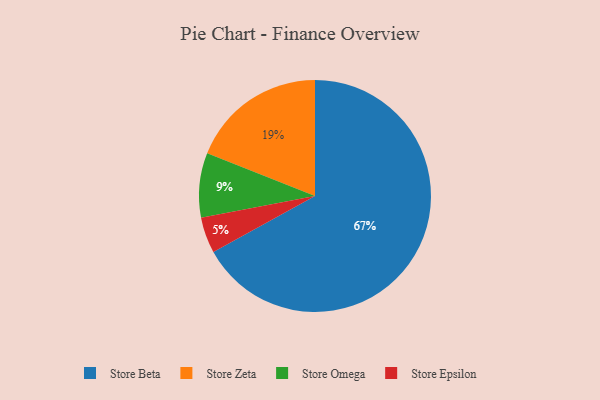
{"axis": {"x": "Category", "y": "Percentage"}, "legend": ["Store Beta", "Store Epsilon", "Store Omega", "Store Zeta"], "data": [{"x": "Store Zeta", "y": 19, "type": "Store Zeta"}, {"x": "Store Beta", "y": 67, "type": "Store Beta"}, {"x": "Store Omega", "y": 9, "type": "Store Omega"}, {"x": "Store Epsilon", "y": 5, "type": "Store Epsilon"}]}